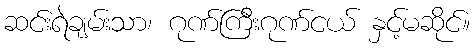
ဆင်းရဲချမ်းသာ၊ ဂုဏ်ကြီးဂုဏ်ငယ် နှင့်မဆိုင်။